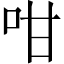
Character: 咁